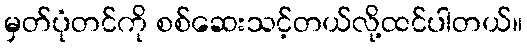
မှတ်ပုံတင်ကို စစ်ဆေးသင့်တယ်လို့ထင်ပါတယ်။